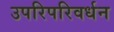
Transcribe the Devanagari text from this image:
उपरिपरिवर्धन